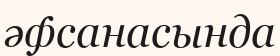
әфсанасында